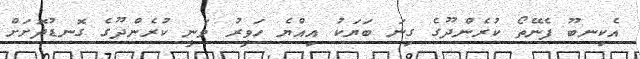
އެކިނބޫ ފެނޭތޯ ކުރެންދޫގެ ގިނަ ބަޔަކު އިއްޔެ ހަވީރު ވަނީ ކުރެންދޫގެ ގޮނޑުދޮށަށް